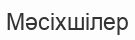
Мәсіхшілер